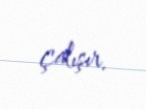
çalışır.